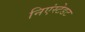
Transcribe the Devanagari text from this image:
निएंस्टेडट